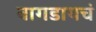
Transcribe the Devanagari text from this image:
बागडायचं